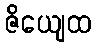
ဇိယျေထ